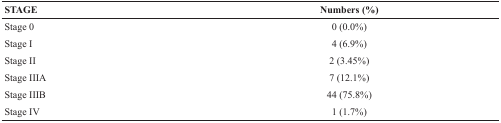
| STAGE | Numbers (%) |
 | --- | --- |
 | Stage 0 | 0 (0.0%) |
 | Stage I | 4 (6.9%) |
 | Stage II | 2 (3.45%) |
 | Stage IIIA | 7 (12.1%) |
 | Stage IIIB | 44 (75.8%) |
 | Stage IV | 1 (1.7%) |